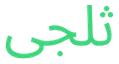
ثلجى